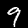
Label: 9